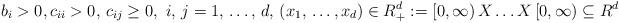
LaTeX: \begin{align*}b_{i}>0,c_{ii}>0,\thinspace c_{ij}\ge 0,\thinspace \thinspace i,\thinspace j=1,\thinspace \mathellipsis ,\thinspace d,\thinspace \left( x_{1},\thinspace \mathellipsis ,x_{d} \right)\in R_{+}^{d}:=\left[ 0,\infty \right)X\mathellipsis X\left[ 0,\infty \right)\subseteq R^{d}\end{align*}